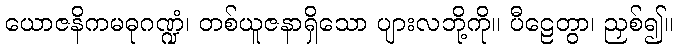
ယောဇနိကမဓုဂဏ္ဍံ၊ တစ်ယူဇနာရှိသော ပျားလဘို့ကို။ ပီဠေတွာ၊ ညှစ်၍။